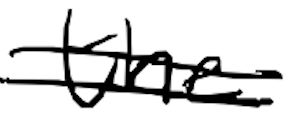
Text: the
Cross-out: double-line
Writing tool: digital_black